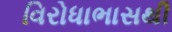
વિરોધાભાસથી